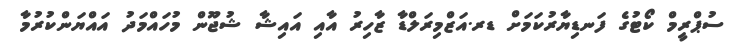
ސުޕްރީމް ކޯޓުގެ ފަނޑިޔާރުކަމަށް ޑރ.އަޒްމިރަލްޑާ ޒާހިރު އާއި އައިޝާ ޝުޖޫން މުހައްމަދު އައްޔަންކުރުމާ